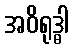
အဝိရုဒ္ဓါ